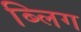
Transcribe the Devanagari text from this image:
ब्लिग